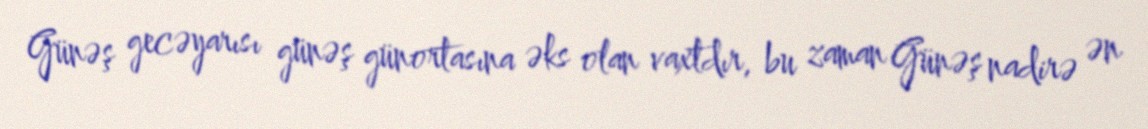
Günəş gecəyarısı günəş günortasına əks olan vaxtdır, bu zaman Günəş nadirə ən